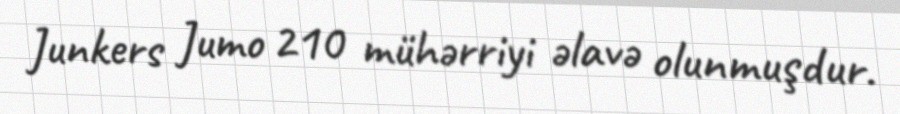
Junkers Jumo 210 mühərriyi əlavə olunmuşdur.